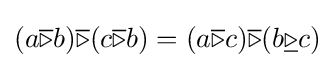
(a{\overline {\triangleright }}b){\overline {\triangleright }}(c{\overline {\triangleright }}b)=(a{\overline {\triangleright }}c){\overline {\triangleright }}(b{\underline {\triangleright }}c)